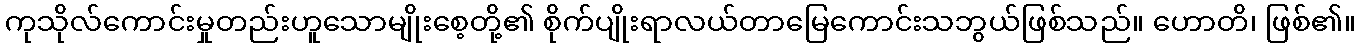
ကုသိုလ်ကောင်းမှုတည်းဟူသောမျိုးစေ့တို့၏ စိုက်ပျိုးရာလယ်တာမြေကောင်းသဘွယ်ဖြစ်သည်။ ဟောတိ၊ ဖြစ်၏။